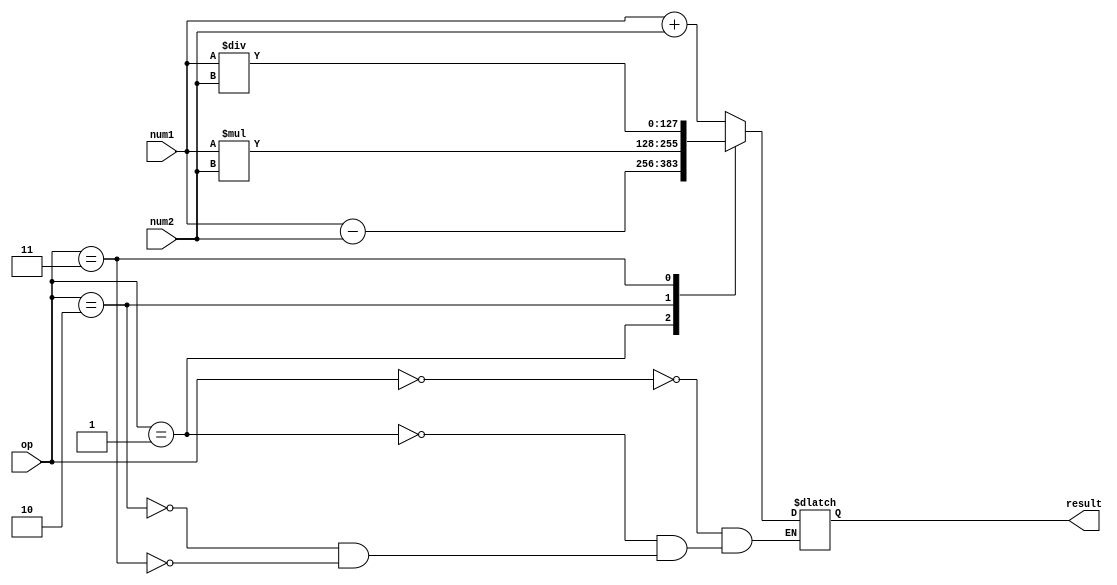
module quad_precision_float_unit (
    input [127:0] num1,
    input [127:0] num2,
    input [2:0] op, // Operation select: 0=add, 1=subtract, 2=multiply, 3=divide
    output reg [127:0] result
);

always @(*) begin
    case(op)
        0: result = num1 + num2; // Addition
        1: result = num1 - num2; // Subtraction
        2: result = num1 * num2; // Multiplication
        3: result = num1 / num2; // Division
    endcase
end

endmodule